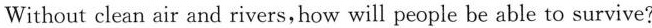
Without clean air and rivers,how will people be able to survive?